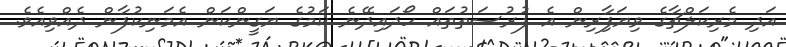
އަދި މެރިކަލްޗާގެ ވިިޔަފާިރިން އެ ފުރުސަތުތައް ހޯދައިދޭނެ ކަމުގެ ޔަގީންކަން އެމަނިކުފާން ދެއްވިއެވެ.